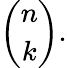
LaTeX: {\binom{n}{k}}.